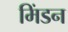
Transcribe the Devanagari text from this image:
मिंडन